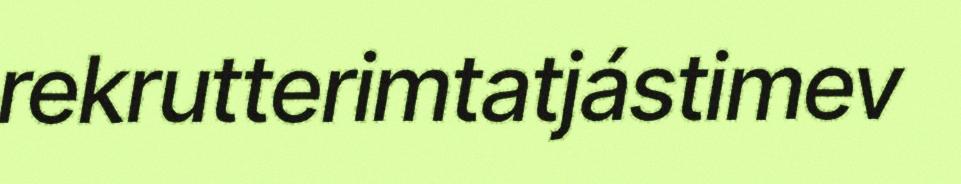
rekrutterimtatjástimev